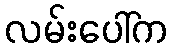
လမ်းပေါ်က